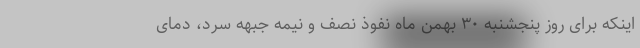
اینکه برای روز پنجشنبه ۳۰ بهمن ماه نفوذ نصف و نیمه جبهه سرد، دمای